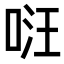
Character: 𠴝